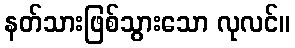
နတ်သားဖြစ်သွားသော လုလင်။